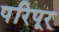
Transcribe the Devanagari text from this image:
परिपूर्